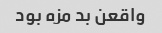
واقعن بد مزه بود